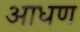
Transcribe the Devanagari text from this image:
आधण